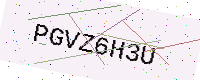
Text: PGVZ6H3U